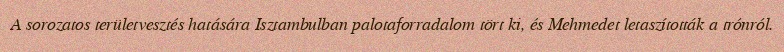
A sorozatos területvesztés hatására Isztambulban palotaforradalom tört ki, és Mehmedet letaszították a trónról.